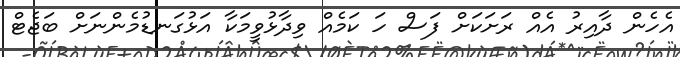
އެހެން ދާއިރު އެއް ރަށަކަށް ފަސް ހަ ކަމެއް ވިދާޅުވީމަކާ އަޅުގަނޑުމެންނަށް ބަޖެޓް